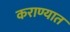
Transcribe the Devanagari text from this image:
कराण्यात